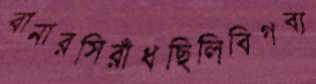
বানারসিরাঁধছিলিবিগব্য